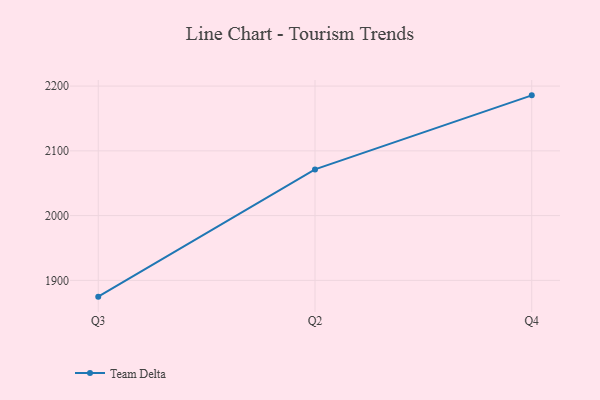
{"axis": {"x": "Quarter", "y": "Latency (ms)"}, "legend": ["Team Delta"], "data": [{"x": "Q3", "y": 1874.9, "type": "Team Delta"}, {"x": "Q2", "y": 2071.4, "type": "Team Delta"}, {"x": "Q4", "y": 2185.7, "type": "Team Delta"}]}